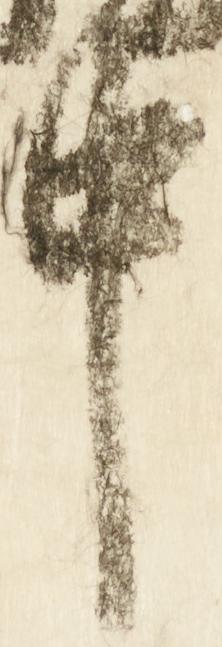
中